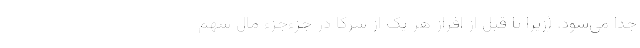
جدا می‌شود. (زیرا تا قبل از افراز هر یک از شرکا در جزء‌جزء مال سهم